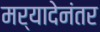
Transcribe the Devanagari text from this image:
मर्यादेनंतर